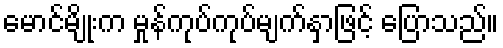
မောင်မျိုးက မှုန်ကုပ်ကုပ်မျက်နှာဖြင့် ပြောသည်။